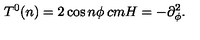
T ^ { 0 } ( n ) = 2 \cos { n { \phi } } \hspace * { 2 c m } H = - \partial _ { \phi } ^ { 2 } .